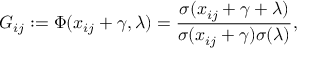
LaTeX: G _ { i j } : = \Phi ( x _ { i j } + \gamma , \lambda ) = \frac { \sigma ( x _ { i j } + \gamma + \lambda ) } { \sigma ( x _ { i j } + \gamma ) \sigma ( \lambda ) } ,